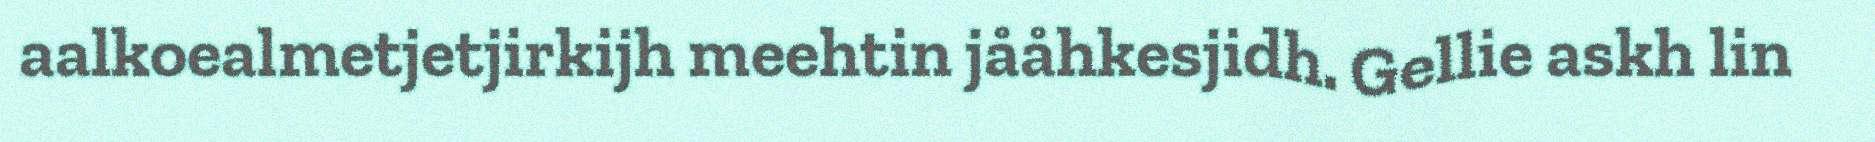
aalkoealmetjetjirkijh meehtin jååhkesjidh. Gellie askh lin